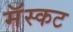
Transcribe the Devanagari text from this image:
मॅस्कट